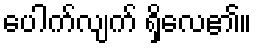
ပေါက်လျက် ရှိလေ၏။